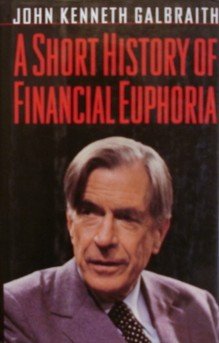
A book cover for A Short History of Financial Euphoria (Whittle); John Kenneth Galbraith; Business & Money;